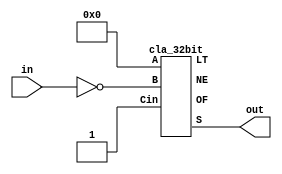
module neg_2s_32(in, out);

    input [31:0] in;

    output [31:0] out;

    wire [2:0] tmp;

    cla_32bit adder(32'b0, ~in, 1'b1, out, tmp[0], tmp[1], tmp[2]);

endmodule

module cla_32bit(A, B, Cin, S, NE, LT, OF);
    
    input [31:0] A, B;
    input Cin;

    output [31:0] S;
    output NE, LT, OF;

    wire [3:0] P, G;
    wire [2:0] C;
    wire Cout;

    // First 8-bit Block
    cla_8bit block0(A[7:0], B[7:0], Cin, S[7:0], P[0], G[0]);

    //Calculating C8
    wire c8_tmp;
    and C8_AND(c8_tmp, P[0], Cin);
    or C8_OR(C[0], c8_tmp, G[0]);

    //Second 8-bit Block
    cla_8bit block1(A[15:8], B[15:8], C[0], S[15:8], P[1], G[1]);

    //Calculating C16
    wire c16_tmp[1:0];
    and C16_AND_1(c16_tmp[0], Cin, P[0], P[1]);
    and C16_AND_2(c16_tmp[1], G[0], P[1]);
    or C16_OR(C[1], G[1], c16_tmp[0], c16_tmp[1]);

    //Third 8-bit Block
    cla_8bit block2(A[23:16], B[23:16], C[1], S[23:16], P[2], G[2]);

    //Calculating C24
    wire c24_tmp[2:0];
    and C24_AND_1(c24_tmp[0], Cin, P[0], P[1], P[2]);
    and C24_AND_2(c24_tmp[1], G[0], P[1], P[2]);
    and C24_AND_3(c24_tmp[2], G[1], P[2]);
    or C24_OR(C[2], G[2], c24_tmp[0], c24_tmp[1], c24_tmp[2]);

    //Fourth 8-bit Block
    cla_8bit block3(A[31:24], B[31:24], C[2], S[31:24], P[3], G[3]);

    //Calculating C24
    wire c32_tmp[3:0];
    and C32_AND_1(c32_tmp[0], Cin, P[0], P[1], P[2], P[3]);
    and C32_AND_2(c32_tmp[1], G[0], P[1], P[2], P[3]);
    and C32_AND_3(c32_tmp[2], G[1], P[2], P[3]);
    and C32_AND_4(c32_tmp[3], G[2], P[3]);
    or C32_OR(Cout, G[3], c32_tmp[0], c32_tmp[1], c32_tmp[2], c32_tmp[3]);

    //Overflow
    assign OF = (~A[31] & ~B[31] & S[31]) | (A[31] & B[31] & ~S[31]);

    //Not Equal
    assign NE = |S[31:0];

    //Less Than
    assign LT = S[31] ^ OF;

endmodule

module cla_8bit(A, B, Cin, S, P, G);

    input [7:0] A, B;
    input Cin;
    output [7:0] S;
    output P, G;

    // Calculating P
    wire P, p0, p1, p2, p3, p4, p5, p6, p7;

    or P_OR_0(p0, A[0], B[0]);
    or P_OR_1(p1, A[1], B[1]);
    or P_OR_2(p2, A[2], B[2]);
    or P_OR_3(p3, A[3], B[3]);
    or P_OR_4(p4, A[4], B[4]);
    or P_OR_5(p5, A[5], B[5]);
    or P_OR_6(p6, A[6], B[6]);
    or P_OR_7(p7, A[7], B[7]);

    and P_AND(P, p0, p1, p2, p3, p4, p5, p6, p7);

    //Calculating G
    wire G, g0, g1, g2, g3, g4, g5, g6, g7;

    and G_AND_0(g0, A[0], B[0]);
    and G_AND_1(g1, A[1], B[1]);
    and G_AND_2(g2, A[2], B[2]);
    and G_AND_3(g3, A[3], B[3]);
    and G_AND_4(g4, A[4], B[4]);
    and G_AND_5(g5, A[5], B[5]);
    and G_AND_6(g6, A[6], B[6]);
    and G_AND_7(g7, A[7], B[7]);

    wire pg0, pg1, pg2, pg3, pg4, pg5, pg6;

    and PG_AND_0(pg0, g0, p1, p2, p3, p4, p5, p6, p7);
    and PG_AND_1(pg1, g1, p2, p3, p4, p5, p6, p7);
    and PG_AND_2(pg2, g2, p3, p4, p5, p6, p7);
    and PG_AND_3(pg3, g3, p4, p5, p6, p7);
    and PG_AND_4(pg4, g4, p5, p6, p7);
    and PG_AND_5(pg5, g5, p6, p7);
    and PG_AND_6(pg6, g6, p7);

    or G_OR(G, pg0, pg1, pg2, pg3, pg4, pg5, pg6, g7);

    //Calculating intermediary carry-overs
    wire [7:0] carries;
    assign carries[0] = Cin;

    //C1
    wire c1_tmp;
    and C1_AND(c1_tmp, p0, carries[0]);
    or C1_OR(carries[1], c1_tmp, g0);

    //C2
    wire [1:0] c2_tmp;
    and C2_AND_1(c2_tmp[0], p1, g0);
    and C2_AND_2(c2_tmp[1], p1, p0, Cin);
    or C2_OR(carries[2], c2_tmp[0], c2_tmp[1], g1);

    //C3
    wire [2:0] c3_tmp;
    and C3_AND_1(c3_tmp[0], p2, g1);
    and C3_AND_2(c3_tmp[1], p2, p1, g0);
    and C3_AND_3(c3_tmp[2], p2, p1, p0, Cin);
    or C3_OR(carries[3], c3_tmp[0], c3_tmp[1], c3_tmp[2], g2);

    //C4
    wire [3:0] c4_tmp;
    and C4_AND_1(c4_tmp[0], p3, g2);
    and C4_AND_2(c4_tmp[1], p3, p2, g1);
    and C4_AND_3(c4_tmp[2], p3, p2, p1, g0);
    and C4_AND_4(c4_tmp[3], p3, p2, p1, p0, Cin);
    or C4_OR(carries[4], c4_tmp[0], c4_tmp[1], c4_tmp[2], c4_tmp[3], g3);

    //C5
    wire [4:0] c5_tmp;
    and C5_AND_1(c5_tmp[0], p4, g3);
    and C5_AND_2(c5_tmp[1], p4, p3, g2);
    and C5_AND_3(c5_tmp[2], p4, p3, p2, g1);
    and C5_AND_4(c5_tmp[3], p4, p3, p2, p1, g0);
    and C5_AND_5(c5_tmp[4], p4, p3, p2, p1, p0, Cin);
    or C5_OR(carries[5], c5_tmp[0], c5_tmp[1], c5_tmp[2], c5_tmp[3], c5_tmp[4], g4);

    //C6
    wire [5:0] c6_tmp;
    and C6_AND_1(c6_tmp[0], p5, g4);
    and C6_AND_2(c6_tmp[1], p5, p4, g3);
    and C6_AND_3(c6_tmp[2], p5, p4, p3, g2);
    and C6_AND_4(c6_tmp[3], p5, p4, p3, p2, g1);
    and C6_AND_5(c6_tmp[4], p5, p4, p3, p2, p1, g0);
    and C6_AND_6(c6_tmp[5], p5, p4, p3, p2, p1, p0, Cin);
    or C6_OR(carries[6], c6_tmp[0], c6_tmp[1], c6_tmp[2], c6_tmp[3], c6_tmp[4], c6_tmp[5], g5);

    //C6
    wire [6:0] c7_tmp;
    and C7_AND_1(c7_tmp[0], p6, g5);
    and C7_AND_2(c7_tmp[1], p6, p5, g4);
    and C7_AND_3(c7_tmp[2], p6, p5, p4, g3);
    and C7_AND_4(c7_tmp[3], p6, p5, p4, p3, g2);
    and C7_AND_5(c7_tmp[4], p6, p5, p4, p3, p2, g1);
    and C7_AND_6(c7_tmp[5], p6, p5, p4, p3, p2, p1, g0);
    and C7_AND_7(c7_tmp[6], p6, p5, p4, p3, p2, p1, p0, Cin);
    or C7_OR(carries[7], c7_tmp[0], c7_tmp[1], c7_tmp[2], c7_tmp[3], c7_tmp[4], c7_tmp[5], c7_tmp[6], g6);

    //Calculating S
    xor S_XOR_0(S[0], A[0], B[0], carries[0]);
    xor S_XOR_1(S[1], A[1], B[1], carries[1]);
    xor S_XOR_2(S[2], A[2], B[2], carries[2]);
    xor S_XOR_3(S[3], A[3], B[3], carries[3]);
    xor S_XOR_4(S[4], A[4], B[4], carries[4]);
    xor S_XOR_5(S[5], A[5], B[5], carries[5]);
    xor S_XOR_6(S[6], A[6], B[6], carries[6]);
    xor S_XOR_7(S[7], A[7], B[7], carries[7]);

endmodule

module cla_6bit(A, B, Cin, S);

    input [5:0] A, B;
    input Cin;
    output [5:0] S;

    // Calculating P
    wire p0, p1, p2, p3, p4, p5;

    or P_OR_0(p0, A[0], B[0]);
    or P_OR_1(p1, A[1], B[1]);
    or P_OR_2(p2, A[2], B[2]);
    or P_OR_3(p3, A[3], B[3]);
    or P_OR_4(p4, A[4], B[4]);
    or P_OR_5(p5, A[5], B[5]);

    //Calculating G
    wire g0, g1, g2, g3, g4, g5;

    and G_AND_0(g0, A[0], B[0]);
    and G_AND_1(g1, A[1], B[1]);
    and G_AND_2(g2, A[2], B[2]);
    and G_AND_3(g3, A[3], B[3]);
    and G_AND_4(g4, A[4], B[4]);
    and G_AND_5(g5, A[5], B[5]);

    //Calculating intermediary carry-overs
    wire [5:0] carries;
    assign carries[0] = Cin;

    //C1
    wire c1_tmp;
    and C1_AND(c1_tmp, p0, carries[0]);
    or C1_OR(carries[1], c1_tmp, g0);

    //C2
    wire [1:0] c2_tmp;
    and C2_AND_1(c2_tmp[0], p1, g0);
    and C2_AND_2(c2_tmp[1], p1, p0, Cin);
    or C2_OR(carries[2], c2_tmp[0], c2_tmp[1], g1);

    //C3
    wire [2:0] c3_tmp;
    and C3_AND_1(c3_tmp[0], p2, g1);
    and C3_AND_2(c3_tmp[1], p2, p1, g0);
    and C3_AND_3(c3_tmp[2], p2, p1, p0, Cin);
    or C3_OR(carries[3], c3_tmp[0], c3_tmp[1], c3_tmp[2], g2);

    //C4
    wire [3:0] c4_tmp;
    and C4_AND_1(c4_tmp[0], p3, g2);
    and C4_AND_2(c4_tmp[1], p3, p2, g1);
    and C4_AND_3(c4_tmp[2], p3, p2, p1, g0);
    and C4_AND_4(c4_tmp[3], p3, p2, p1, p0, Cin);
    or C4_OR(carries[4], c4_tmp[0], c4_tmp[1], c4_tmp[2], c4_tmp[3], g3);

    //C5
    wire [4:0] c5_tmp;
    and C5_AND_1(c5_tmp[0], p4, g3);
    and C5_AND_2(c5_tmp[1], p4, p3, g2);
    and C5_AND_3(c5_tmp[2], p4, p3, p2, g1);
    and C5_AND_4(c5_tmp[3], p4, p3, p2, p1, g0);
    and C5_AND_5(c5_tmp[4], p4, p3, p2, p1, p0, Cin);
    or C5_OR(carries[5], c5_tmp[0], c5_tmp[1], c5_tmp[2], c5_tmp[3], c5_tmp[4], g4);

    //Calculating S
    xor S_XOR_0(S[0], A[0], B[0], carries[0]);
    xor S_XOR_1(S[1], A[1], B[1], carries[1]);
    xor S_XOR_2(S[2], A[2], B[2], carries[2]);
    xor S_XOR_3(S[3], A[3], B[3], carries[3]);
    xor S_XOR_4(S[4], A[4], B[4], carries[4]);
    xor S_XOR_5(S[5], A[5], B[5], carries[5]);

endmodule

module cla_5bit(A, B, Cin, S);

    input [4:0] A, B;
    input Cin;
    output [4:0] S;

    // Calculating Ps
    wire p0, p1, p2, p3, p4;

    or P_OR_0(p0, A[0], B[0]);
    or P_OR_1(p1, A[1], B[1]);
    or P_OR_2(p2, A[2], B[2]);
    or P_OR_3(p3, A[3], B[3]);
    or P_OR_4(p4, A[4], B[4]);

    //Calculating Gs
    wire g0, g1, g2, g3, g4;

    and G_AND_0(g0, A[0], B[0]);
    and G_AND_1(g1, A[1], B[1]);
    and G_AND_2(g2, A[2], B[2]);
    and G_AND_3(g3, A[3], B[3]);
    and G_AND_4(g4, A[4], B[4]);

    //Calculating intermediary carry-overs
    wire [4:0] carries;
    assign carries[0] = Cin;

    //C1
    wire c1_tmp;
    and C1_AND(c1_tmp, p0, carries[0]);
    or C1_OR(carries[1], c1_tmp, g0);

    //C2
    wire [1:0] c2_tmp;
    and C2_AND_1(c2_tmp[0], p1, g0);
    and C2_AND_2(c2_tmp[1], p1, p0, Cin);
    or C2_OR(carries[2], c2_tmp[0], c2_tmp[1], g1);

    //C3
    wire [2:0] c3_tmp;
    and C3_AND_1(c3_tmp[0], p2, g1);
    and C3_AND_2(c3_tmp[1], p2, p1, g0);
    and C3_AND_3(c3_tmp[2], p2, p1, p0, Cin);
    or C3_OR(carries[3], c3_tmp[0], c3_tmp[1], c3_tmp[2], g2);

    //C4
    wire [3:0] c4_tmp;
    and C4_AND_1(c4_tmp[0], p3, g2);
    and C4_AND_2(c4_tmp[1], p3, p2, g1);
    and C4_AND_3(c4_tmp[2], p3, p2, p1, g0);
    and C4_AND_4(c4_tmp[3], p3, p2, p1, p0, Cin);
    or C4_OR(carries[4], c4_tmp[0], c4_tmp[1], c4_tmp[2], c4_tmp[3], g3);

    //Calculating S
    xor S_XOR_0(S[0], A[0], B[0], carries[0]);
    xor S_XOR_1(S[1], A[1], B[1], carries[1]);
    xor S_XOR_2(S[2], A[2], B[2], carries[2]);
    xor S_XOR_3(S[3], A[3], B[3], carries[3]);
    xor S_XOR_4(S[4], A[4], B[4], carries[4]);

endmodule